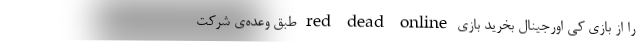
را از بازی کی اورجینال بخرید بازی red dead online طبق وعده‌ی شرکت